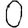
Digit: 0